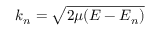
k _ { n } = \sqrt { 2 \mu ( E - E _ { n } ) }